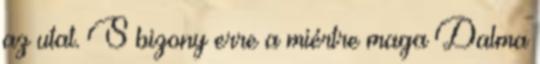
az utat. S bizony erre a miértre maga Dalma